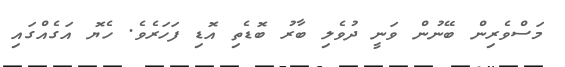
މަސްވެރިން ބޭނުން ވަނީ ދުވެލި ބާރު ބޮޑެތި އޮޑި ފަހަރެވެ. ހެޔޮ އަގެއްގައި